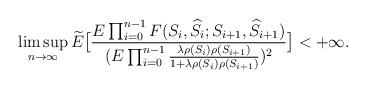
LaTeX: \begin{align*}\limsup_{n\rightarrow\infty}\widetilde{E}\big[\frac{E\prod_{i=0}^{n-1}F(S_i,\widehat{{S}}_i;S_{i+1},\widehat{S}_{i+1})}{(E\prod_{i=0}^{n-1}\frac{\lambda\rho(S_i)\rho(S_{i+1})}{1+\lambda\rho(S_i)\rho(S_{i+1})})^2}\big]<+\infty.\end{align*}